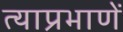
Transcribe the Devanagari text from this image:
त्याप्रभाणें